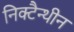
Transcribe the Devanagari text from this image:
निक्टैन्थीन